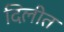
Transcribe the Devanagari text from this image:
दिलीत